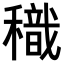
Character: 𥢧